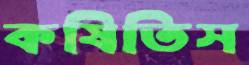
কষিতিস